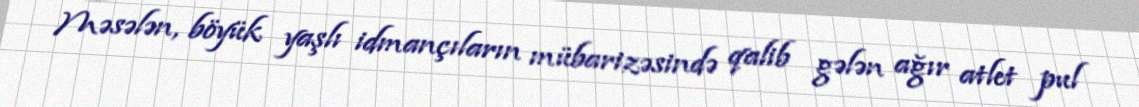
Məsələn, böyük yaşlı idmançıların mübarizəsində qalib gələn ağır atlet pul